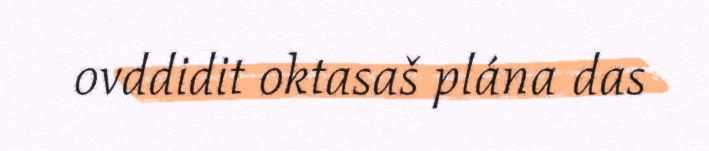
ovddidit oktasaš plána das